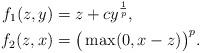
LaTeX: \begin{align*}f_1(z,y) &= z + c y^{\frac{1}{p}},\\f_2(z,x) &= \big(\max(0, x- z)\big)^p.\end{align*}